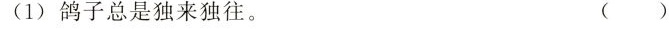
(1) 鸽子总是独来独往。 ( )